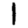
Digit: 1